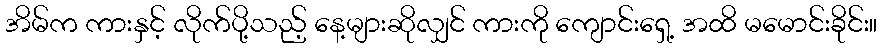
အိမ်က ကားနှင့် လိုက်ပို့သည့် နေ့များဆိုလျှင် ကားကို ကျောင်းရှေ့ အထိ မမောင်းခိုင်း။